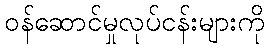
ဝန်ဆောင်မှုလုပ်ငန်းများကို